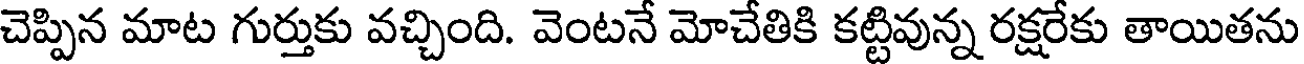
చెప్పిన మాట గుర్తుకు వచ్చింది. వెంటనే మోచేతికి కట్టివున్న రక్షరేకు తాయితను